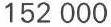
152 000